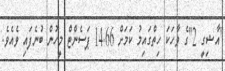
"އާޝިގީ 2"ގެ ވާހަކަ ހިތްގައިމު ކަމަށް 14.66 ޕަސެންޓް މީހުން ބުނެފައި ވެއެވެ.